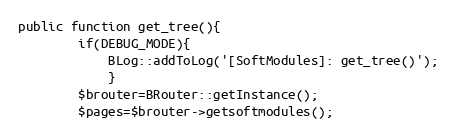
Language: PHP
public function get_tree(){
		if(DEBUG_MODE){
			BLog::addToLog('[SoftModules]: get_tree()');
			}
		$brouter=BRouter::getInstance();
		$pages=$brouter->getsoftmodules();